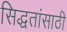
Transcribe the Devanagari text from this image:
सिद्धतांसाठी